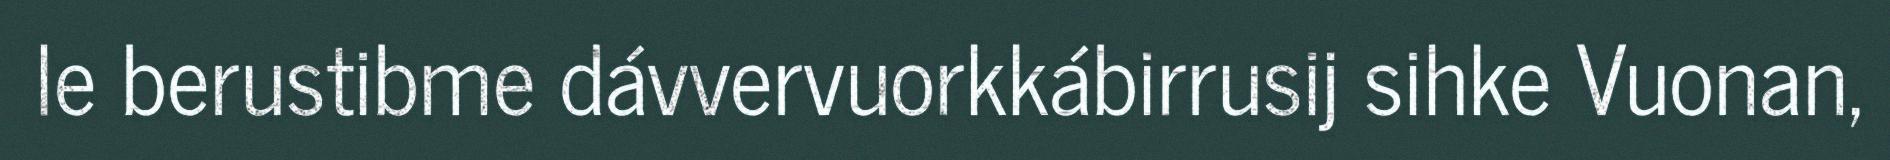
le berustibme dávvervuorkkábirrusij sihke Vuonan,